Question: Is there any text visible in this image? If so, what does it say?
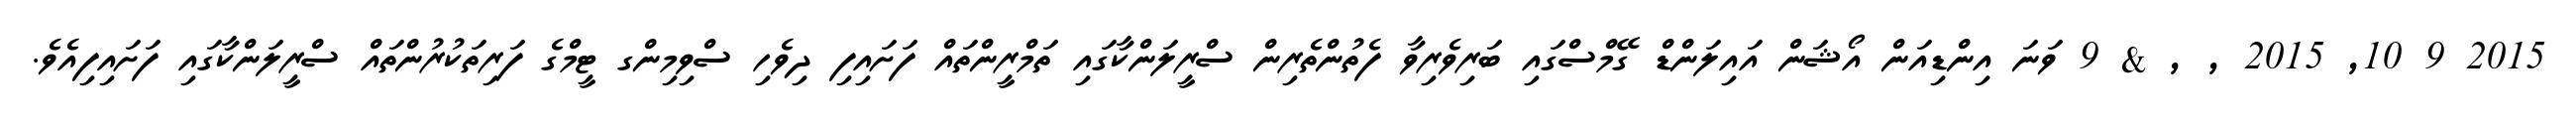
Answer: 2015 9 10, 2015 , , & 9 ވަނަ އިންޑިއަން އޯޝަން އައިލަންޑް ގޭމްސްގައި ބަރިވެރިވާ ފެތުންތެރިން ސްރީލަންކާގައި ތަމްރީންތައް ފަށައިފި ދިވެހި ސްވިމިންގ ޓީމްގެ ފަރިތަކުރުންތައް ސްރީލަންކާގައި ފަށައިފިއެވެ.